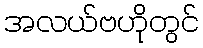
အလယ်ဗဟိုတွင်